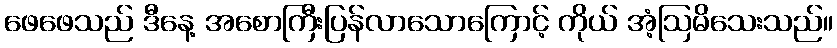
ဖေဖေသည် ဒီနေ့ အစောကြီးပြန်လာသောကြောင့် ကိုယ် အံ့ဩမိသေးသည်။